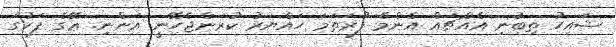
ޝައިހު ތިބުނި އެއްޗައް އެންމެ ފުރަތަމަ ހައްޔަރު ކުރަންޖެހޭނީ އަންނި. ޢޭގެ ފަހުގަ